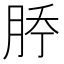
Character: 𰗇